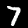
Label: 7